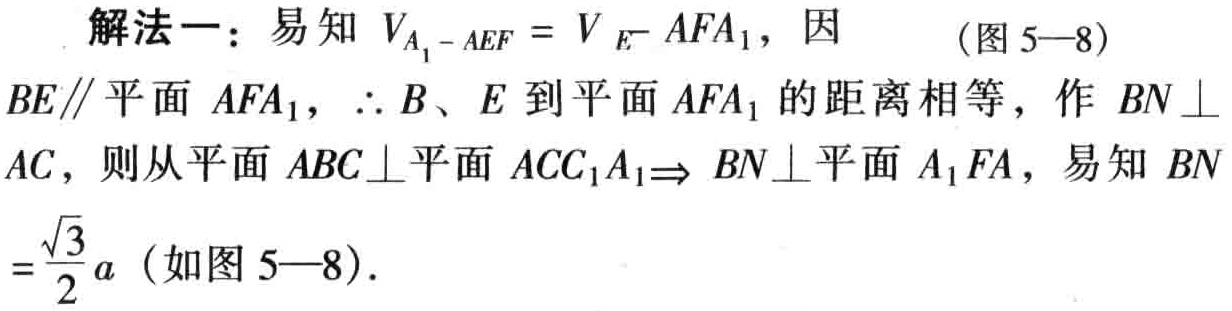
解法一：易知 \(V_{A_{1}-AEF}=V_{E - AFA_{1}}\)，因 （图5—8）

\(BE\parallel\)平面 \(AFA_{1}\)，\(\therefore B、E\) 到平面 \(AFA_{1}\) 的距离相等，作 \(BN\perp\)

\(AC\)，则从平面 \(ABC\perp\)平面 \(ACC_{1}A_{1}\Rightarrow BN\perp\)平面 \(A_{1}FA\)，易知 \(BN\)

\(=\frac{\sqrt{3}}{2}a\)（如图5—8）.